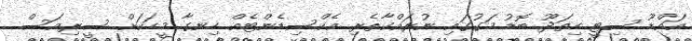
އައްޑޫ ސިޓީ ހިތަދޫ ބޮޑު މަގުގައި ނުރައްކާތެރި އެކްސިޑެންޓެއް ހިނގާ މީހަކަށް ސީރިއަސް